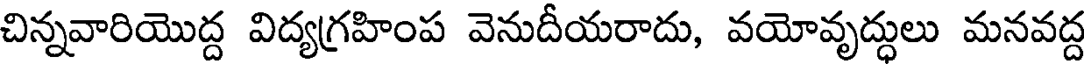
చిన్నవారియొద్ద విద్యగ్రహింప వెనుదీయరాదు, వయోవృద్ధులు మనవద్ద